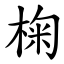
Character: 椈